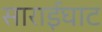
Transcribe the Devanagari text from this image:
साराईघाट